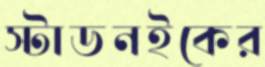
স্টাডনইকের